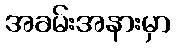
အခမ်းအနားမှာ